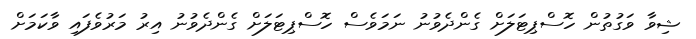
ޝިވާ ވަގުތުން ހޮސްޕިޓަލަށް ގެންދެވުނު ނަމަވެސް ހޮސްޕިޓަލަށް ގެންދެވުނު އިރު މަރުވެފައި ވާކަމަށް